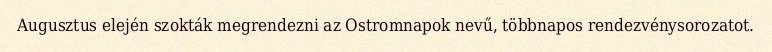
Augusztus elején szokták megrendezni az Ostromnapok nevű, többnapos rendezvénysorozatot.